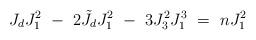
LaTeX: \begin{align*}J_d J^2_1\ -\ 2 \tilde J_d J^2_1\ -\ 3 J^2_3 J^3_1\ = \ n J^2_1\end{align*}